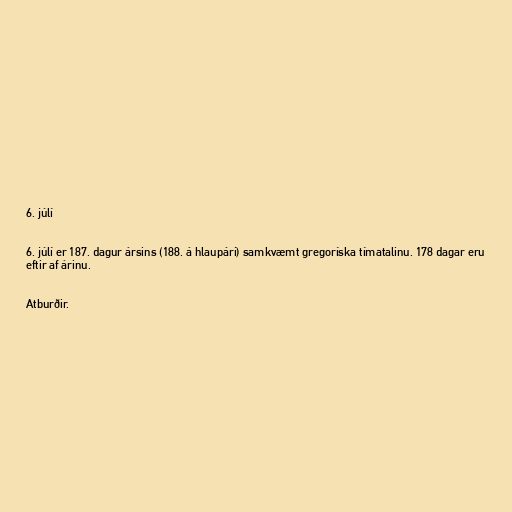
6. júlí

6. júlí er 187. dagur ársins (188. á hlaupári) samkvæmt gregoríska tímatalinu. 178 dagar eru
eftir af árinu.

Atburðir.